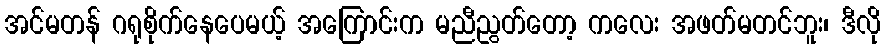
အင်မတန် ဂရုစိုက်နေပေမယ့် အကြောင်းက မညီညွတ်တော့ ကလေး အဖတ်မတင်ဘူး၊ ဒီလို